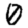
Digit: 0